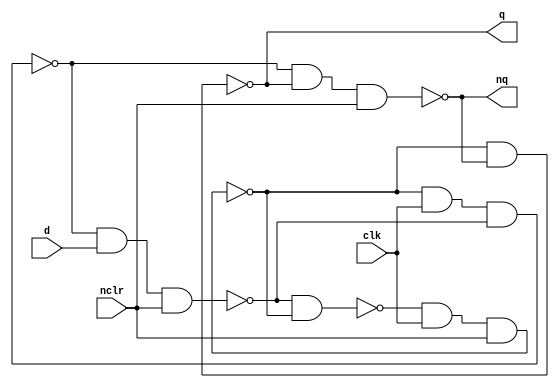
// Bartosz Szpila
// 10.10.2021
// Gate level modeling
// Counter using D latches

// Presentation 1 slide 43
module d_latch(input d, clk, nclr, output q, nq);
    wire na1, na2, na3, na4;

    nand (na1, na4, na2);
    nand (na2, na1, clk, nclr);
    nand (na3, na2, clk, na4);
    nand (na4, na3, d, nclr);
    nand (q, na2, nq);
    nand (nq, na3, q, nclr);
endmodule


module counter_10(input clk, nclr, output num1, num2, num3, num4);
    wire nq1, nq2, nq3, nq4, nclr1;
    wire singnal;
    nand (signal, num1, nq3, num3, nq1);
    and (nclr1, nclr, signal);
    d_latch d1(.d(nq1), .clk(clk), .q(num4), .nq(nq1), .nclr(nclr1));
    d_latch d2(.d(nq2), .clk(nq1), .q(num3), .nq(nq2), .nclr(nclr1));
    d_latch d3(.d(nq3), .clk(nq2), .q(num2), .nq(nq3), .nclr(nclr1));
    d_latch d4(.d(nq4), .clk(nq3), .q(num1), .nq(nq4), .nclr(nclr1));
endmodule